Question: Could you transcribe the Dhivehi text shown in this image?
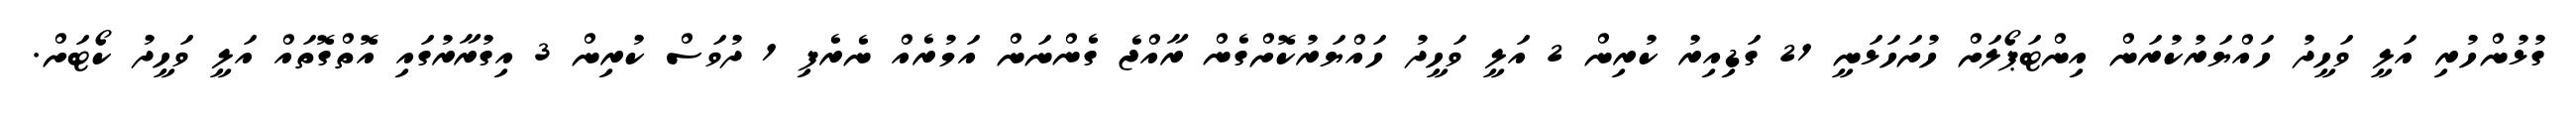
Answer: ގުޅުންހުރި އަލީ ވަހީދު ހައްޔަރުކުރަން އިންޓަޕޯލަށް ހުށަހަޅަނީ 21 ގަޑިއިރު ކުރިން 2 އަލީ ވަހީދު ހައްޔަރުކޮށްގެން ރާއްޖެ ގެންނަން އަމުރެއް ނެރެފި 1 ދުވަސް ކުރިން 3 އިގުރާރުގައި އޮތްގޮތައް އަލީ ވަހީދު ކޯޓަށް.